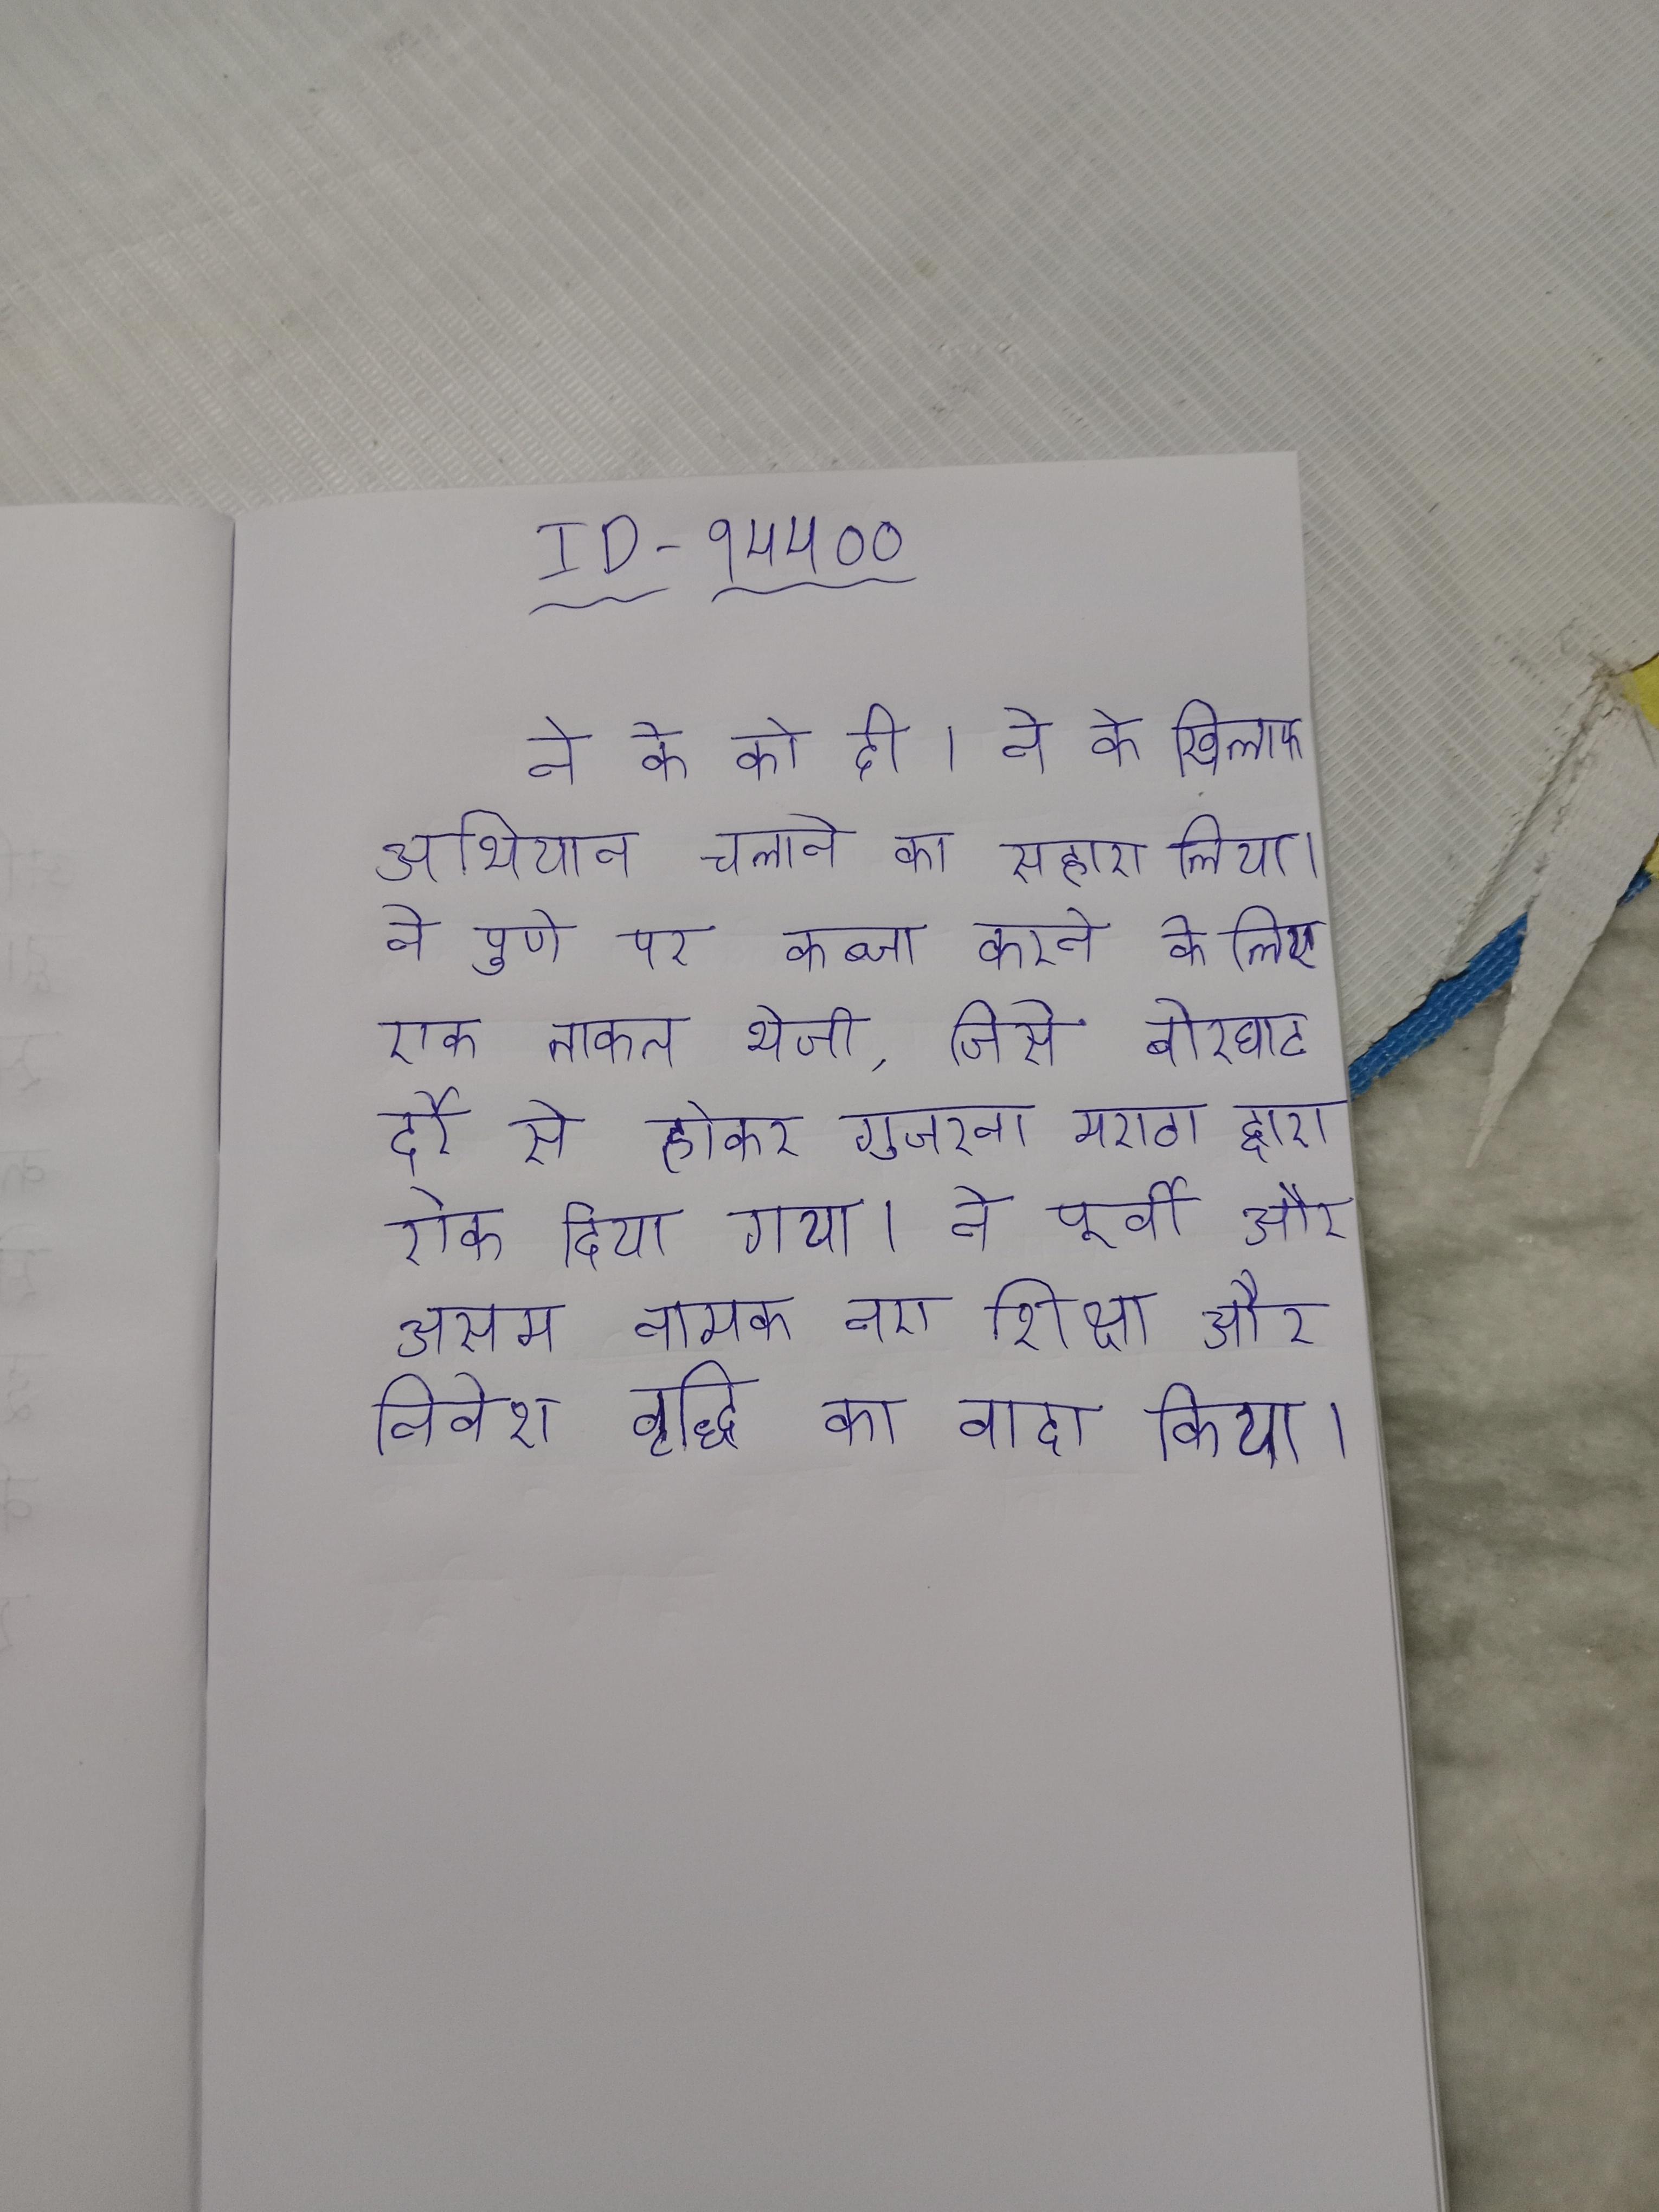
ने के को दी । ने के खिलाफ अभियान चलाने का सहारा लिया । ने पुणे पर कब्जा करने के लिए एक ताकत भेजी, जिसे बोरघाट दर्रे से होकर गुजरना मराठा द्वारा रोक दिया गया । ने पूर्वी और असम नामक नए शिक्षा और निवेश वृद्धि का वादा किया ।